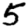
Digit: 5